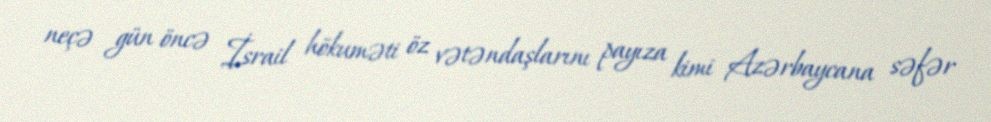
neçə gün öncə İsrail hökuməti öz vətəndaşlarını payıza kimi Azərbaycana səfər